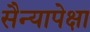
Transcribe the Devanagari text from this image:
सैन्यापेक्षा